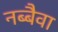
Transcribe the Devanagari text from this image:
नब्बैवा